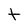
Character: t